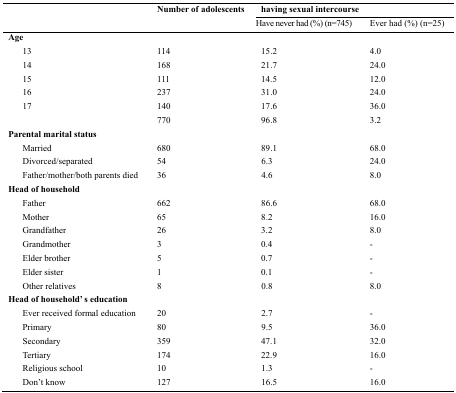
<table><thead><tr><td rowspan="2"></td><td rowspan="2"><b>Number of adolescents</b></td><td colspan="2"><b>having sexual intercourse</b></td></tr><tr><td><b>Have never had (%) (n=745)</b></td><td><b>Ever had (%) (n=25)</b></td></tr></thead><tbody><tr><td colspan="3"><b><b>Age</b></b></td></tr><tr><td> 13</td><td>114</td><td>15.2</td><td>4.0</td></tr><tr><td> 14</td><td>168</td><td>21.7</td><td>24.0</td></tr><tr><td> 15</td><td>111</td><td>14.5</td><td>12.0</td></tr><tr><td> 16</td><td>237</td><td>31.0</td><td>24.0</td></tr><tr><td> 17</td><td>140</td><td>17.6</td><td>36.0</td></tr><tr><td></td><td>770</td><td>96.8</td><td>3.2</td></tr><tr><td colspan="3"><b>Parental marital status</b></td></tr><tr><td> Married</td><td>680</td><td>89.1</td><td>68.0</td></tr><tr><td> Divorced/separated</td><td>54</td><td>6.3</td><td>24.0</td></tr><tr><td> Father/mother/both parents died</td><td>36</td><td>4.6</td><td>8.0</td></tr><tr><td colspan="3"><b>Head of household</b></td></tr><tr><td> Father</td><td>662</td><td>86.6</td><td>68.0</td></tr><tr><td> Mother</td><td>65</td><td>8.2</td><td>16.0</td></tr><tr><td> Grandfather</td><td>26</td><td>3.2</td><td>8.0</td></tr><tr><td> Grandmother</td><td>3</td><td>0.4</td><td>-</td></tr><tr><td> Elder brother</td><td>5</td><td>0.7</td><td>-</td></tr><tr><td> Elder sister</td><td>1</td><td>0.1</td><td>-</td></tr><tr><td> Other relatives</td><td>8</td><td>0.8</td><td>8.0</td></tr><tr><td colspan="3"><b>Head of household’ s education</b></td></tr><tr><td> Ever received formal education</td><td>20</td><td>2.7</td><td>-</td></tr><tr><td> Primary</td><td>80</td><td>9.5</td><td>36.0</td></tr><tr><td> Secondary</td><td>359</td><td>47.1</td><td>32.0</td></tr><tr><td> Tertiary</td><td>174</td><td>22.9</td><td>16.0</td></tr><tr><td> Religious school</td><td>10</td><td>1.3</td><td>-</td></tr><tr><td> Don’t know</td><td>127</td><td>16.5</td><td>16.0</td></tr></tbody></table>